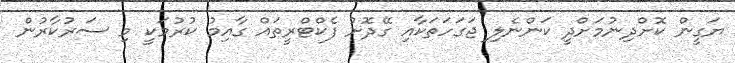
ޔަގީން ކޮށްދިނުމަށްދީ ކަންނެލި ޖަގަހަތަކާއި ގޭދޮށު ފެކްޓްރީތައް ގާއިިމު ކުރުމަކީ މި ސަރުކާރުން